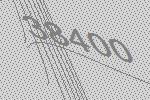
38400